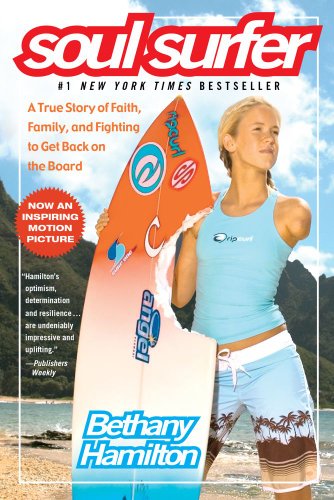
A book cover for Soul Surfer: A True Story of Faith, Family, and Fighting to Get Back on the Board; Bethany Hamilton; Literature & Fiction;